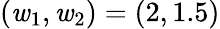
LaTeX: (\mathit{w}_{1},\mathit{w}_{2})=(2,1.5)